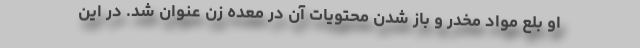
او بلع مواد مخدر و باز شدن محتویات آن در معده زن عنوان شد. در این